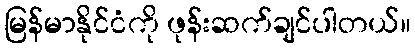
မြန်မာနိုင်ငံကို ဖုန်းဆက်ချင်ပါတယ်။